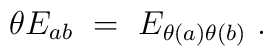
\theta E_{ab}~=~E_{\theta(a)\theta(b)}~.\vspace{2mm}